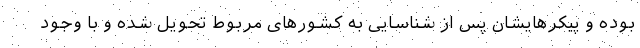
بوده و پیکرهایشان پس از شناسایی به کشورهای مربوط تحویل شده و با وجود